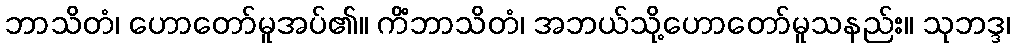
ဘာသိတံ၊ ဟောတော်မူအပ်၏။ ကိံဘာသိတံ၊ အဘယ်သို့ဟောတော်မူသနည်း။ သုဘဒ္ဒ၊